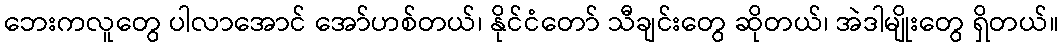
ဘေးကလူတွေ ပါလာအောင် အော်ဟစ်တယ်၊ နိုင်ငံတော် သီချင်းတွေ ဆိုတယ်၊ အဲဒါမျိုးတွေ ရှိတယ်။